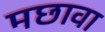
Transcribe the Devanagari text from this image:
मछावा